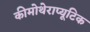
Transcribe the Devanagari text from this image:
कीमोथेराप्यूटिक